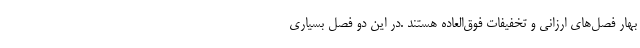
بهار فصل‌های ارزانی و تخفیفات فوق‌العاده هستند .در این دو فصل بسیاری